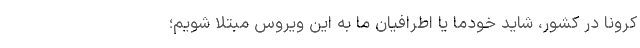
کرونا در کشور، شاید خودما یا اطرافیان ما به این ویروس مبتلا شویم؛